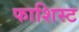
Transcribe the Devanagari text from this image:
फाशिस्ट